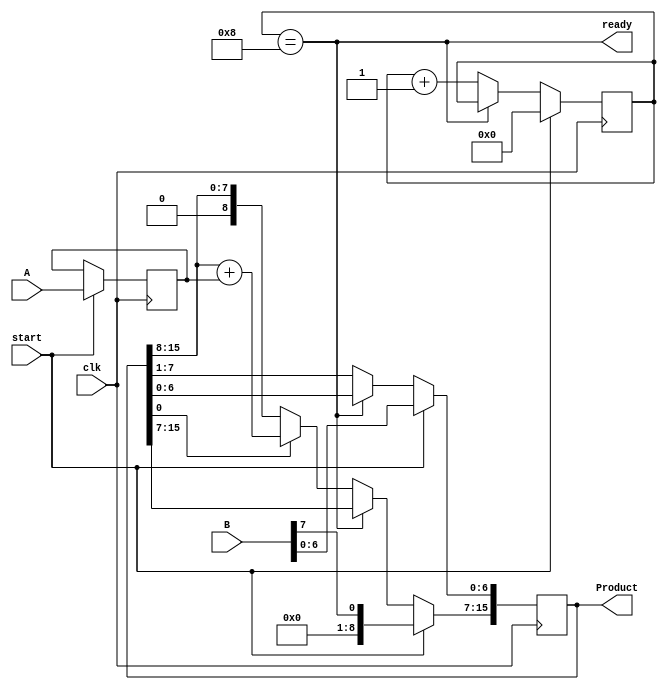
module unsigned_multiplier #(parameter nb = 8'h8)
(
   input clk,  
   input start,
   input [nb-1:0] A, 
   input [nb-1:0] B, 
   output reg [2*nb-1:0] Product,
   output ready
    ); 

//-----------------------Register deceleration
reg [nb-1:0] multiplicand;
reg [nb:0] counter;


//------------------------Wire deceleration
wire [nb:0] adder_output;
wire adder_write_enable;

//-----------------------assignments(combinational logic)
//assign adder_output = (counter == nb-1) ? ((adder_write_enable) ? Product[2*nb-1:nb] - multiplicand : Product[2*nb-1:nb] ) : ((adder_write_enable) ? Product[2*nb-1:nb] + multiplicand : Product[15:8]);
//assign adder_output = (counter == nb-1) ? ((adder_write_enable) ? {Product[2*nb-1] , Product[2*nb-1:nb]} - {multiplicand[nb-1] , multiplicand} : {Product[2*nb-1] , Product[2*nb-1:nb]} ) : ((adder_write_enable) ? {Product[2*nb-1] , Product[2*nb-1:nb]} + {multiplicand[nb-1] , multiplicand} : {Product[2*nb-1] , Product[2*nb-1:nb]});
assign adder_output = Product[2*nb-1:nb] + multiplicand;
assign adder_write_enable = Product[0];
assign ready = (counter == nb);

//-------------------------sequential logic
always @(posedge clk)
  
  if(start) begin
    multiplicand <= A;
    Product <= {{nb{0}} , B };
    counter <= {nb{0}};
  end
  
  else if(!ready) begin
    counter <= counter + 1;
    Product <= Product >> 1;
    if(adder_write_enable)
      Product[2*nb-1:nb-1] <= adder_output;
   // Product[2*nb-1] <= (adder_output[8]==1) ? 1:multiplicand[7];
  end

endmodule